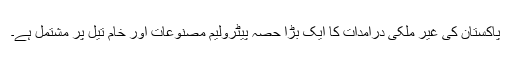
پاکستان کی غیر ملکی درامدات کا ایک بڑا حصہ پیٹرولیم مصنوعات اور خام تیل پر مشتمل ہے۔